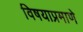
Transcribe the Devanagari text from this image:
विषयाप्रमाणे